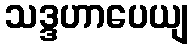
သဒ္ဒဟာပေယျ